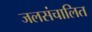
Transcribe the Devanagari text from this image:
जलसंचालित